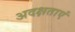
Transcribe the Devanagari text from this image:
अदक्षताएं